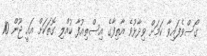
ގޯސްވެފައިވާ ކަމަށް ވިދާޅުވެ އާތިފާގެ އިސްތިއުފާ ކުއްލި ގޮތަކަށް އައީ ޖޫން 10